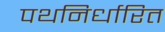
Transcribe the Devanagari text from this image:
पथनिर्धारित